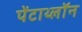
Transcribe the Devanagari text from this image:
पेंटाथ्लॉन